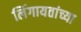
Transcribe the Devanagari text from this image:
लिंगायतांच्या